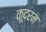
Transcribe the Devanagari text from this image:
कूदरम